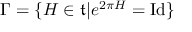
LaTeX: \Gamma = \{ H \in { \mathfrak { t } } | e ^ { 2 \pi H } = \operatorname { I d } \}